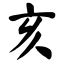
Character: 亥